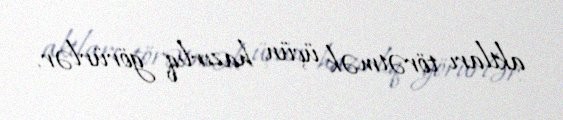
aktları törətmək üçün hazırlıq görürlər.